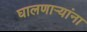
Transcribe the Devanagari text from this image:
घालणाऱ्यांना